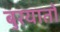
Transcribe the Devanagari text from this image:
बुरयातों